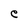
Character: e